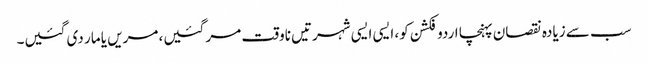
سب سے زیادہ نقصان پہنچا اردو فکشن کو، ایسی ایسی شہرتیں ناوقت مر گئیں، مریں یا مار دی گئیں۔